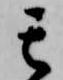
其